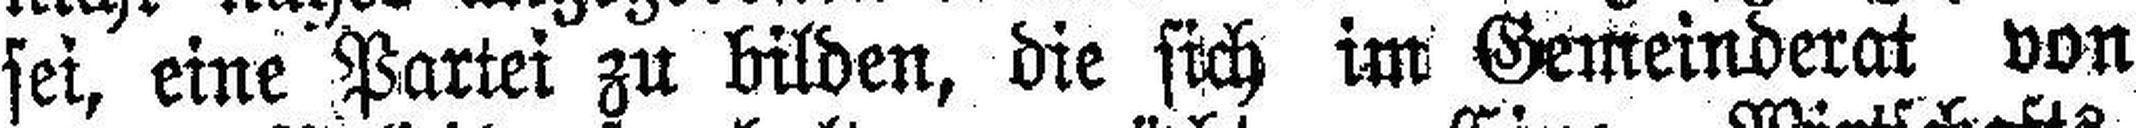
sei, eine Partei zu bilden, die sich im Gemeinderat von